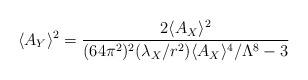
\begin{align*}\langle A_Y \rangle^2 = {{2 \langle A_X \rangle^2} \over {(64 \pi^2)^2 (\lambda_X / r^2) \langle A_X \rangle^4 / \Lambda^8 - 3}}\end{align*}